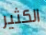
الكثير